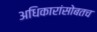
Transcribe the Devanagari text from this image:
अधिकारांसोबतच